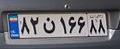
۸۲ن۱۶۶۸۸